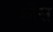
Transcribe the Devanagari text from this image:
ब्लैस